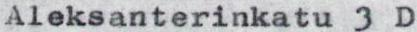
Aleksanterinkatu 3 D